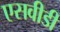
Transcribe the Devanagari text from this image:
एसवीडी